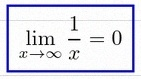
\lim_{x\to\infty}\frac{1}{x}=0